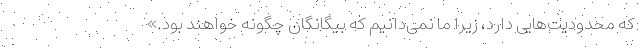
که محدودیت‌هایی دارد، زیرا ما نمی‌دانیم که بیگانگان چگونه خواهند بود.»